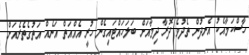
ހާސްކަމާއެކު އެނދުން ތެދުވެ ދޮރާ ދިމާއަށް ބަލަހައްޓައިގެން ހުރީ އެއްއަތް އަނެއް އަތުގެތެރެއަށް